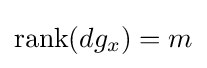
{\text{rank}}(dg_{x})=m